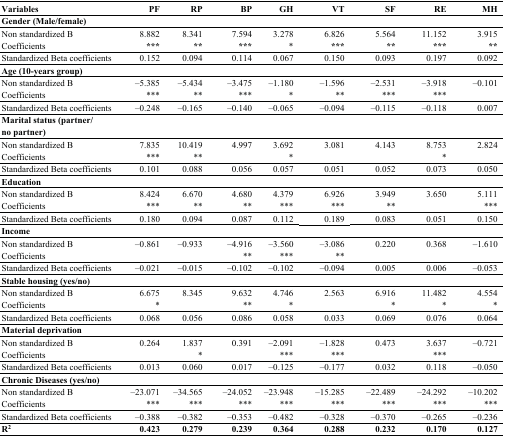
<table><thead><tr><td><b>Variables</b></td><td><b>PF</b></td><td><b>RP</b></td><td><b>BP</b></td><td><b>GH</b></td><td><b>VT</b></td><td><b>SF</b></td><td><b>RE</b></td><td><b>MH</b></td></tr></thead><tbody><tr><td><b>Gender (Male/female)</b></td><td></td><td></td><td></td><td></td><td></td><td></td><td></td><td></td></tr><tr><td>Non standardized B Coefficients</td><td>8.882 ***</td><td>8.341 **</td><td>7.594 ***</td><td>3.278 *</td><td>6.826 ***</td><td>5.564 **</td><td>11.152 ***</td><td>3.915 **</td></tr><tr><td>Standardized Beta coefficients</td><td>0.152</td><td>0.094</td><td>0.114</td><td>0.067</td><td>0.150</td><td>0.093</td><td>0.197</td><td>0.092</td></tr><tr><td><b>Age (10-years group)</b></td><td></td><td></td><td></td><td></td><td></td><td></td><td></td><td></td></tr><tr><td>Non standardized B Coefficients</td><td>–5.385 ***</td><td>–5.434 **</td><td>–3.475 ***</td><td>–1.180 *</td><td>–1.596 **</td><td>–2.531 ***</td><td>–3.918 ***</td><td>–0.101</td></tr><tr><td>Standardized Beta coefficients</td><td>–0.248</td><td>–0.165</td><td>–0.140</td><td>–0.065</td><td>–0.094</td><td>–0.115</td><td>–0.118</td><td>0.007</td></tr><tr><td><b>Marital status (partner/no partner)</b></td><td></td><td></td><td></td><td></td><td></td><td></td><td></td><td></td></tr><tr><td>Non standardized B Coefficients</td><td>7.835 ***</td><td>10.419 **</td><td>4.997</td><td>3.692 *</td><td>3.081</td><td>4.143</td><td>8.753 *</td><td>2.824</td></tr><tr><td>Standardized Beta coefficients</td><td>0.101</td><td>0.088</td><td>0.056</td><td>0.057</td><td>0.051</td><td>0.052</td><td>0.073</td><td>0.050</td></tr><tr><td><b>Education</b></td><td></td><td></td><td></td><td></td><td></td><td></td><td></td><td></td></tr><tr><td>Non standardized B Coefficients</td><td>8.424 ***</td><td>6.670 **</td><td>4.680 **</td><td>4.379 ***</td><td>6.926 ***</td><td>3.949 **</td><td>3.650 </td><td>5.111 ***</td></tr><tr><td>Standardized Beta coefficients</td><td>0.180</td><td>0.094</td><td>0.087</td><td>0.112</td><td>0.189</td><td>0.083</td><td>0.051</td><td>0.150</td></tr><tr><td><b>Income</b></td><td></td><td></td><td></td><td></td><td></td><td></td><td></td><td></td></tr><tr><td>Non standardized B Coefficients</td><td>–0.861</td><td>–0.933</td><td>–4.916 **</td><td>–3.560 ***</td><td>–3.086 **</td><td>0.220</td><td>0.368</td><td>–1.610</td></tr><tr><td>Standardized Beta coefficients</td><td>–0.021</td><td>–0.015</td><td>–0.102</td><td>–0.102</td><td>–0.094</td><td>0.005</td><td>0.006</td><td>–0.053</td></tr><tr><td><b>Stable housing (yes/no)</b></td><td></td><td></td><td></td><td></td><td></td><td></td><td></td><td></td></tr><tr><td>Non standardized B Coefficients</td><td>6.675 *</td><td>8.345</td><td>9.632 **</td><td>4.746 *</td><td>2.563</td><td>6.916 *</td><td>11.482 *</td><td>4.554 *</td></tr><tr><td>Standardized Beta coefficients</td><td>0.068</td><td>0.056</td><td>0.086</td><td>0.058</td><td>0.033</td><td>0.069</td><td>0.076</td><td>0.064</td></tr><tr><td><b>Material deprivation</b></td><td></td><td></td><td></td><td></td><td></td><td></td><td></td><td></td></tr><tr><td>Non standardized B Coefficients</td><td>0.264</td><td>1.837 *</td><td>0.391</td><td>–2.091 ***</td><td>–1.828 ***</td><td>0.473</td><td>3.637 ***</td><td>–0.721</td></tr><tr><td>Standardized Beta coefficients</td><td>0.013</td><td>0.060</td><td>0.017</td><td>–0.125</td><td>–0.177</td><td>0.032</td><td>0.118</td><td>–0.050</td></tr><tr><td><b>Chronic Diseases (yes/no)</b></td><td></td><td></td><td></td><td></td><td></td><td></td><td></td><td></td></tr><tr><td>Non standardized B Coefficients</td><td>–23.071 ***</td><td>–34.565 ***</td><td>–24.052 ***</td><td>–23.948 ***</td><td>–15.285 ***</td><td>–22.489 ***</td><td>–24.292 ***</td><td>–10.202 ***</td></tr><tr><td>Standardized Beta coefficients</td><td>–0.388</td><td>–0.382</td><td>–0.353</td><td>–0.482</td><td>–0.328</td><td>–0.370</td><td>–0.265</td><td>–0.236</td></tr><tr><td><b>R<sup>2</sup></b></td><td><b>0.423</b></td><td><b>0.279</b></td><td><b>0.239</b></td><td><b>0.364</b></td><td><b>0.288</b></td><td><b>0.232</b></td><td><b>0.170</b></td><td><b>0.127</b></td></tr></tbody></table>